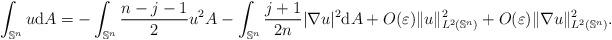
LaTeX: \begin{align*}\int_{\mathbb{S}^n} u \mathrm{d}A = -\int_{\mathbb{S}^n} \dfrac{n-j-1}{2} u^2 \mathbb{d}A - \int_{\mathbb{S}^n} \dfrac{j+1}{2n} |\nabla u|^2 \mathrm{d}A + O(\varepsilon) \|u\|_{L^2(\mathbb{S}^n)}^2 + O(\varepsilon) \|\nabla u\|_{L^2(\mathbb{S}^n)}^2.\end{align*}